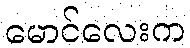
မောင်လေးက